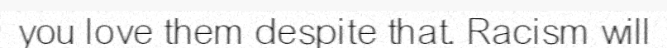
you love them despite that. Racism will